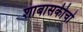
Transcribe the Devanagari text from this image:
शाबासकीचो